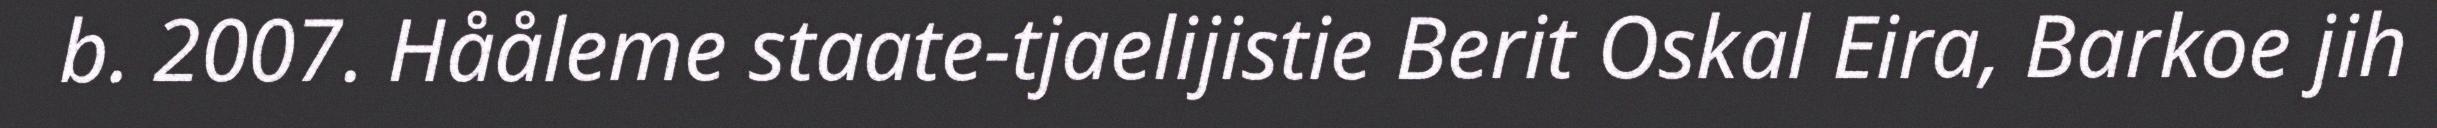
b. 2007. Hååleme staate-tjaelijistie Berit Oskal Eira, Barkoe jih